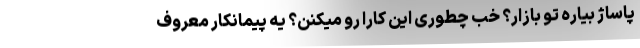
پاساژ بیاره تو بازار؟ خب چطوری این کارا رو میکنن؟ یه پیمانکار معروف